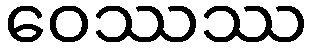
ဝေဿဿ